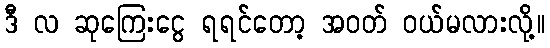
ဒီ လ ဆုကြေးငွေ ရရင်တော့ အဝတ် ဝယ်မလားလို့။